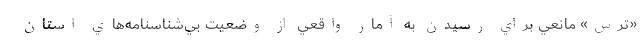
«ترس» مانعي براي رسيدن به آمار واقعي از وضعيت بي‌شناسنامه‌هاي استان